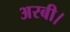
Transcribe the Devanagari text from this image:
अरबी।